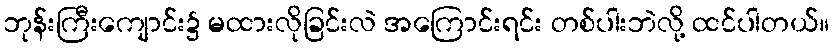
ဘုန်းကြီးကျောင်း၌ မထားလိုခြင်းလဲ အကြောင်းရင်း တစ်ပါးဘဲလို့ ထင်ပါတယ်။